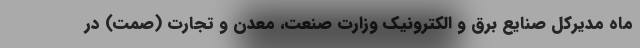
ماه مدیرکل صنایع برق و الکترونیک وزارت صنعت، معدن و تجارت (صمت) در